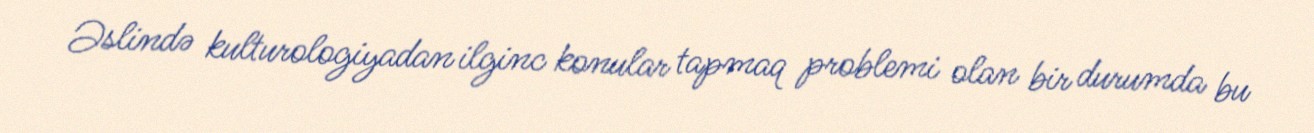
Əslində kulturologiyadan ilginc konular tapmaq problemi olan bir durumda bu